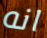
انه